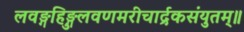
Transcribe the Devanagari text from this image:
लवङ्गहिङ्गुलवणमरीचार्द्रकसंयुतम्॥